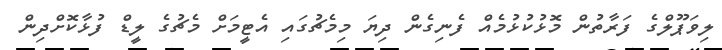
ލިވަޕޫލްގެ ފަރާތުން މޮޅުކުޅުމެއް ފެނިގެން ދިޔަ މިމެޗުގައި އެޓީމަށް މެޗުގެ ލީޑް ފުޅާކޮށްދިން